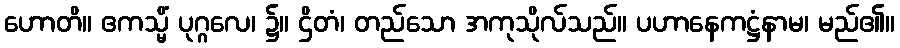
ဟောတိ။ ဧကသ္မိံ ပုဂ္ဂလေ၊ ၌။ ဌိတံ၊ တည်သော အကုသိုလ်သည်။ ပဟာနေကဋ္ဌံနာမ၊ မည်၏။